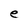
Character: e